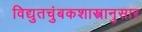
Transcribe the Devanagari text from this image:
विद्युतचुंबकशास्त्रानुसार